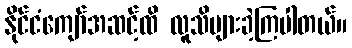
နိုင်ငံကျော်အဆင့်ထိ လူသိများခဲ့ကြပါတယ်။